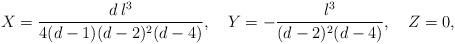
LaTeX: \begin{align*}X={d\,l^3 \over 4(d-1)(d-2)^2(d-4)},\quad Y=-{l^3 \over (d-2)^2(d-4)},\quad Z=0, \end{align*}